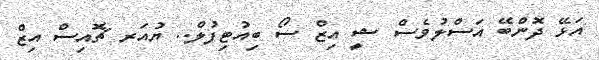
އަޅޭ ދޮންބޭ އަސްލުވެސް ޝީ އިޒް ސޯ ބިއުޓިފުލް.. ޔުއަރ ޗޮއިސް އިޒް